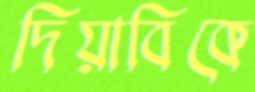
দিয়াবিকে